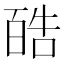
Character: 𪡬